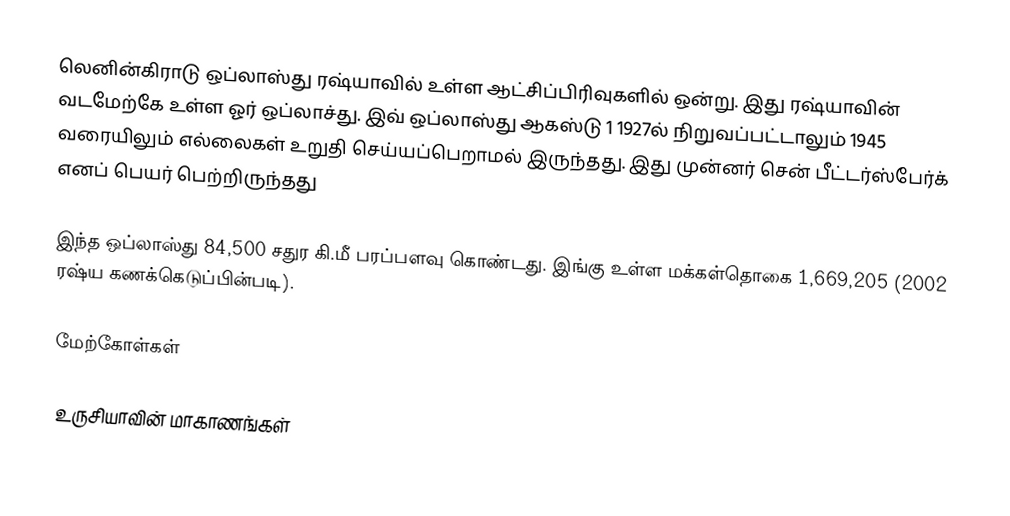
லெனின்கிராடு ஒப்லாஸ்து ரஷ்யாவில் உள்ள ஆட்சிப்பிரிவுகளில் ஒன்று. இது ரஷ்யாவின் வடமேற்கே உள்ள ஓர் ஒப்லாச்து. இவ் ஒப்லாஸ்து ஆகஸ்டு 1 1927ல் நிறுவப்பட்டாலும் 1945 வரையிலும் எல்லைகள் உறுதி செய்யப்பெறாமல் இருந்தது. இது முன்னர் சென் பீட்டர்ஸ்பேர்க் எனப் பெயர் பெற்றிருந்தது

இந்த ஒப்லாஸ்து 84,500 சதுர கி.மீ பரப்பளவு கொண்டது. இங்கு உள்ள மக்கள்தொகை 1,669,205 (2002 ரஷ்ய கணக்கெடுப்பின்படி).

மேற்கோள்கள்

உருசியாவின் மாகாணங்கள்